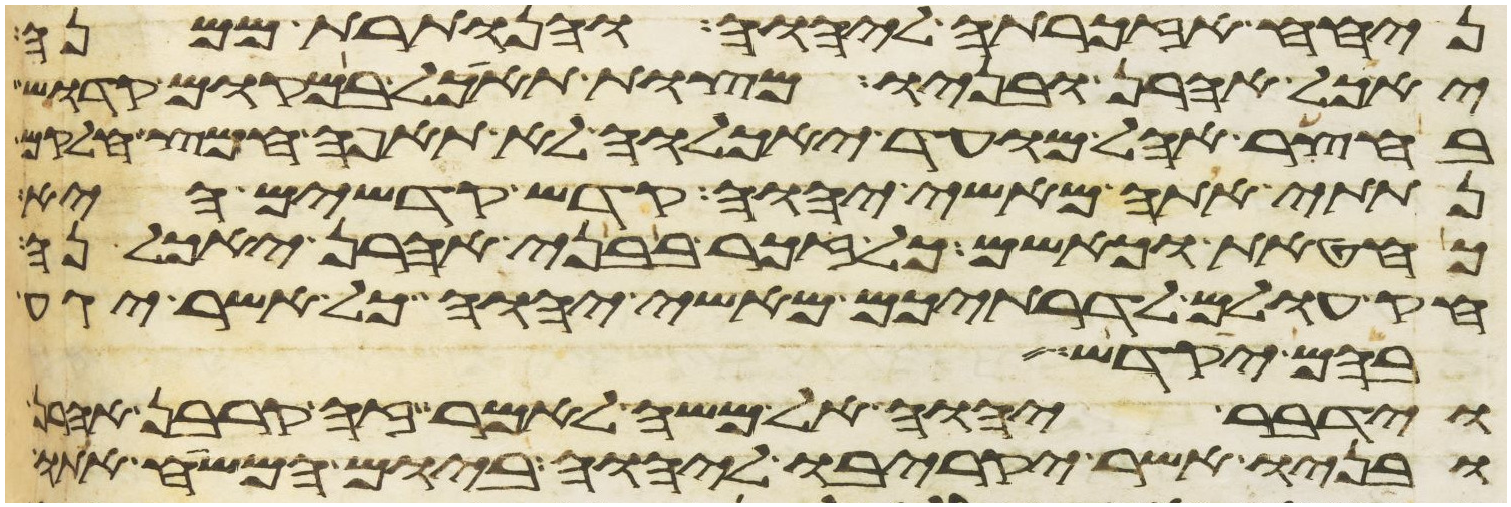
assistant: ניחח אזכרתה ליהוה והנותרת ממנה
יאכל אהרן ובניו מצות תאכל במקום קדוש
בחצר אהל מועד יאכלוה לא תאפה חמץ חלקם
נתתי אתה מאשי יהוה קדש קדשים היא
כחטאת כאשם כל זכר בבני אהרן יאכלנה
חק עולם לדרתיכם מאשי יהוה כל אשר יגע
בהם יקדש
וידבר יהוה אל משה לאמר זה קרבן אהרן
ובניו אשר יקריבו ליהוה ביום המשיח אתו